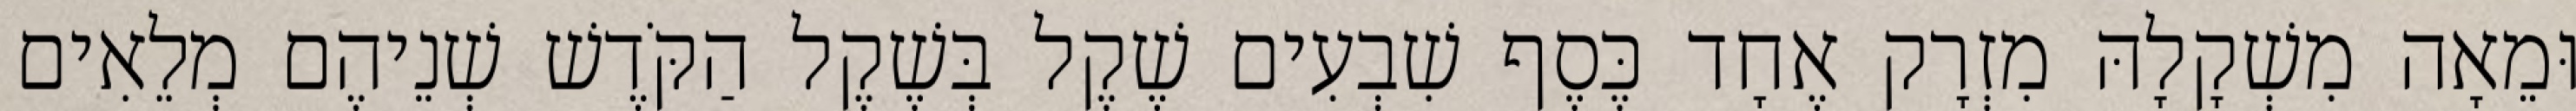
וּמֵאָה מִשְׁקָלָהּ מִזְרָק אֶחָד כֶּסֶף שִׁבְעִים שֶׁקֶל בְּשֶׁקֶל הַקֹּדֶשׁ שְׁנֵיהֶם מְלֵאִים